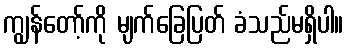
ကျွန်တော့်ကို မျက်ခြေပြတ် ခံသည်မရှိပါ။